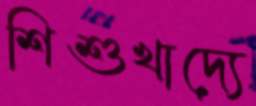
শিশুখাদ্যে